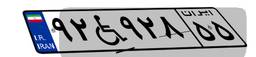
۹۲W۹۲۸۵۵